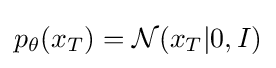
p_{\theta }(x_{T})={\mathcal {N}}(x_{T}|0,I)